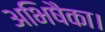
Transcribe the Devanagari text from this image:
अभिषैका।